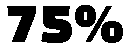
75%